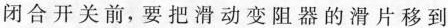
闭合开关前，要把滑动变阻器的滑片移到